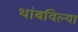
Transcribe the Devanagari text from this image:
थांबविल्या